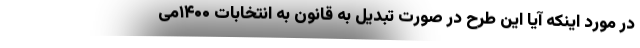
در مورد اینکه آیا این طرح در صورت تبدیل به قانون به انتخابات ۱۴۰۰می